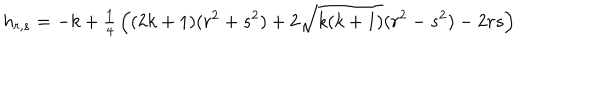
h _ { r , s } = - k + { \textstyle \frac { 1 } { 4 } } \left( ( 2 k + 1 ) ( r ^ { 2 } + s ^ { 2 } ) + 2 \sqrt { k ( k + 1 ) } ( r ^ { 2 } - s ^ { 2 } ) - 2 r s \right)